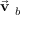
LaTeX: { \vec { \textbf { v } } } _ { b }